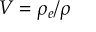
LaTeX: V = \rho _ { e } / \rho